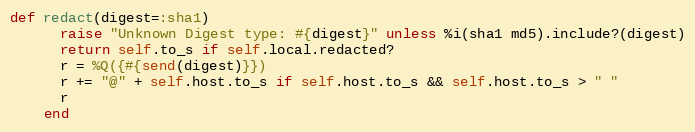
Language: Ruby
def redact(digest=:sha1)
      raise "Unknown Digest type: #{digest}" unless %i(sha1 md5).include?(digest)
      return self.to_s if self.local.redacted?
      r = %Q({#{send(digest)}})
      r += "@" + self.host.to_s if self.host.to_s && self.host.to_s > " "
      r
    end